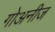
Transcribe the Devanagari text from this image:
गोअनीज